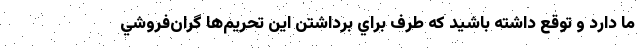
ما دارد و توقع داشته باشيد كه طرف براي برداشتن اين تحريم‌ها گران‌فروشي